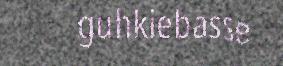
guhkiebasse